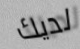
لديك